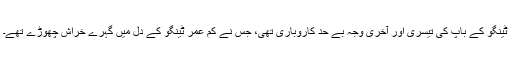
ٹینگو کے باپ کی تیسری اور آخری وجہ بے حد کاروباری تھی، جس نے کم عمر ٹینگو کے دل میں گہرے خراش چھوڑے تھے۔